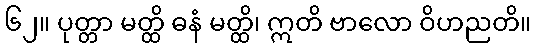
၆၂။ ပုတ္တာ မတ္ထိ ဓနံ မတ္ထိ၊ ဣတိ ဗာလော ဝိဟညတိ။